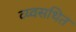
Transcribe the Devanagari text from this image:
व्य्वसथित